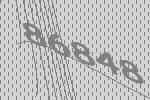
86848